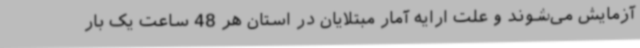
آزمایش می‌شوند و علت ارایه آمار مبتلایان در استان هر 48 ساعت یک بار